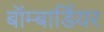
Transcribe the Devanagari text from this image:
बॉम्बार्डियर